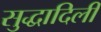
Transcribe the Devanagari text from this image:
सुद्धादिली